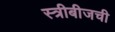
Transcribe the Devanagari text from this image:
स्त्रीबीजची